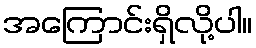
အကြောင်းရှိလို့ပါ။